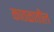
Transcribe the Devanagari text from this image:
कातळातील